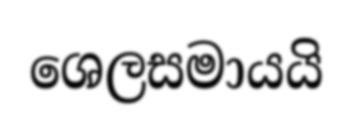
ශෙලසමායයි